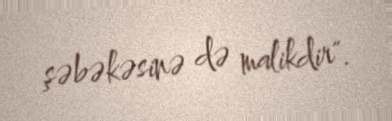
şəbəkəsinə də malikdir".